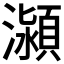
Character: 𭳕